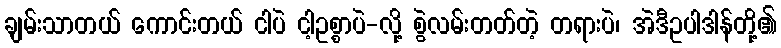
ချမ်းသာတယ် ကောင်းတယ် ငါပဲ ငါ့ဥစ္စာပဲ-လို့ စွဲလမ်းတတ်တဲ့ တရားပဲ၊ အဲဒီဥပါဒါန်တို့၏